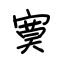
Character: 寞